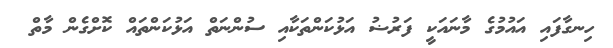
ހިނގާފައި އައުމުގެ މާނައަކީ ފަރުޟު އަޅުކަންތަކާއި ސުންނަތް އަޅުކަންތައް ކޮށްގެން މާތް